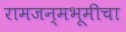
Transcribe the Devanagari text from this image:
रामजन्मभूमीचा